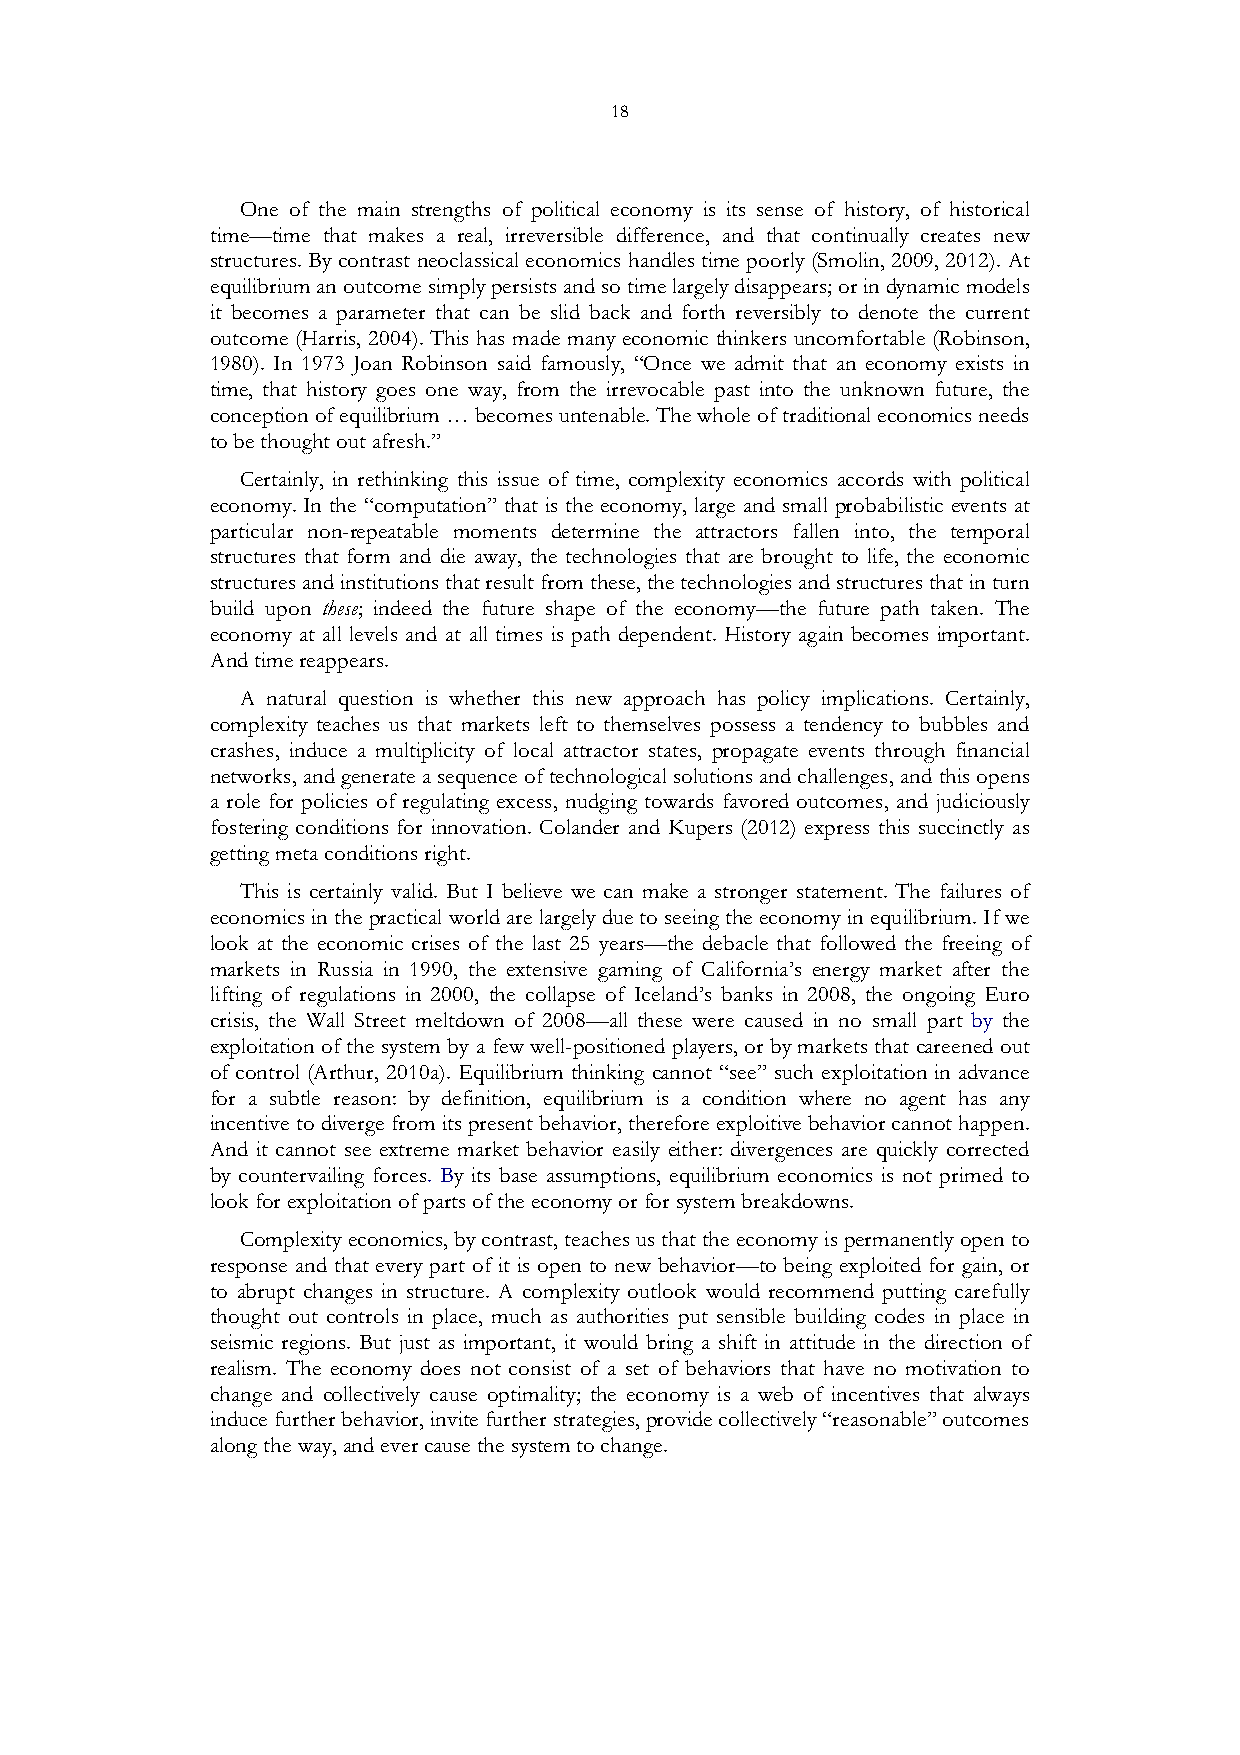
18
 One of the main strengths of political economy is its sense of history, of historical
 time—time that makes a real, irreversible difference, and that continually creates new
 structures. By contrast neoclassical economics handles time poorly (Smolin, 2009, 2012). At
 equilibrium an outcome simply persists and so time largely disappears; or in dynamic models
 it becomes a parameter that can be slid back and forth reversibly to denote the current
 outcome (Harris, 2004). This has made many economic thinkers uncomfortable (Robinson,
 1980). In 1973 Joan Robinson said famously, “Once we admit that an economy exists in
 time, that history goes one way, from the irrevocable past into the unknown future, the
 conception of equilibrium … becomes untenable. The whole of traditional economics needs
 to be thought out afresh.”
 Certainly, in rethinking this issue of time, complexity economics accords with political
 economy. In the “computation” that is the economy, large and small probabilistic events at
 particular non-repeatable moments determine the attractors fallen into, the temporal
 structures that form and die away, the technologies that are brought to life, the economic
 structures and institutions that result from these, the technologies and structures that in turn
 build upon these; indeed the future shape of the economy—the future path taken. The
 economy at all levels and at all times is path dependent. History again becomes important.
 And time reappears.
 A natural question is whether this new approach has policy implications. Certainly,
 complexity teaches us that markets left to themselves possess a tendency to bubbles and
 crashes, induce a multiplicity of local attractor states, propagate events through financial
 networks, and generate a sequence of technological solutions and challenges, and this opens
 a role for policies of regulating excess, nudging towards favored outcomes, and judiciously
 fostering conditions for innovation. Colander and Kupers (2012) express this succinctly as
 getting meta conditions right.
 This is certainly valid. But I believe we can make a stronger statement. The failures of
 economics in the practical world are largely due to seeing the economy in equilibrium. If we
 look at the economic crises of the last 25 years—the debacle that followed the freeing of
 markets in Russia in 1990, the extensive gaming of California’s energy market after the
 lifting of regulations in 2000, the collapse of Iceland’s banks in 2008, the ongoing Euro
 crisis, the Wall Street meltdown of 2008—all these were caused in no small part by the
 exploitation of the system by a few well-positioned players, or by markets that careened out
 of control (Arthur, 2010a). Equilibrium thinking cannot “see” such exploitation in advance
 for a subtle reason: by definition, equilibrium is a condition where no agent has any
 incentive to diverge from its present behavior, therefore exploitive behavior cannot happen.
 And it cannot see extreme market behavior easily either: divergences are quickly corrected
 by countervailing forces. By its base assumptions, equilibrium economics is not primed to
 look for exploitation of parts of the economy or for system breakdowns.
 Complexity economics, by contrast, teaches us that the economy is permanently open to
 response and that every part of it is open to new behavior—to being exploited for gain, or
 to abrupt changes in structure. A complexity outlook would recommend putting carefully
 thought out controls in place, much as authorities put sensible building codes in place in
 seismic regions. But just as important, it would bring a shift in attitude in the direction of
 realism. The economy does not consist of a set of behaviors that have no motivation to
 change and collectively cause optimality; the economy is a web of incentives that always
 induce further behavior, invite further strategies, provide collectively “reasonable” outcomes
 along the way, and ever cause the system to change.